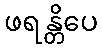
ဖရန္တိပေ